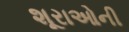
શૂરાઓની